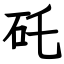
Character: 矺